画像に写った文字を読んでください
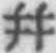
「幷」と書いてあります